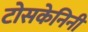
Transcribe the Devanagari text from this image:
टोसकेनिनी